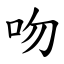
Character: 吻